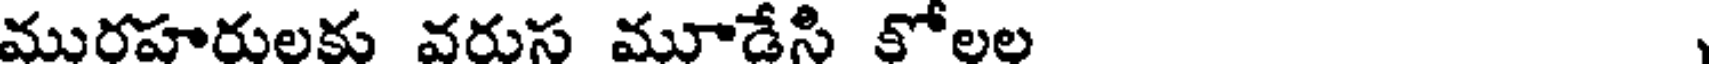
మురహరులకు వరుస మూడేసి కోలల